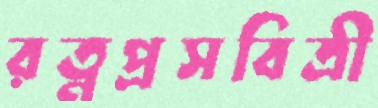
রত্নপ্রসবিত্রী